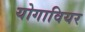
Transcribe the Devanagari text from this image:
योगावियर